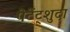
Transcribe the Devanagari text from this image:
पेटेंट्शुदा